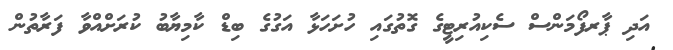
އަދި ޕާރފޯމަންސް ސެކިއުރިޓީގެ ގޮތުގައި ހުށަހަޅާ އަގުގެ ބިޑް ކާމިޔާބު ކުރަށްއްވާ ފަރާތުން